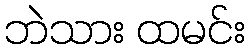
ဘဲသား ထမင်း